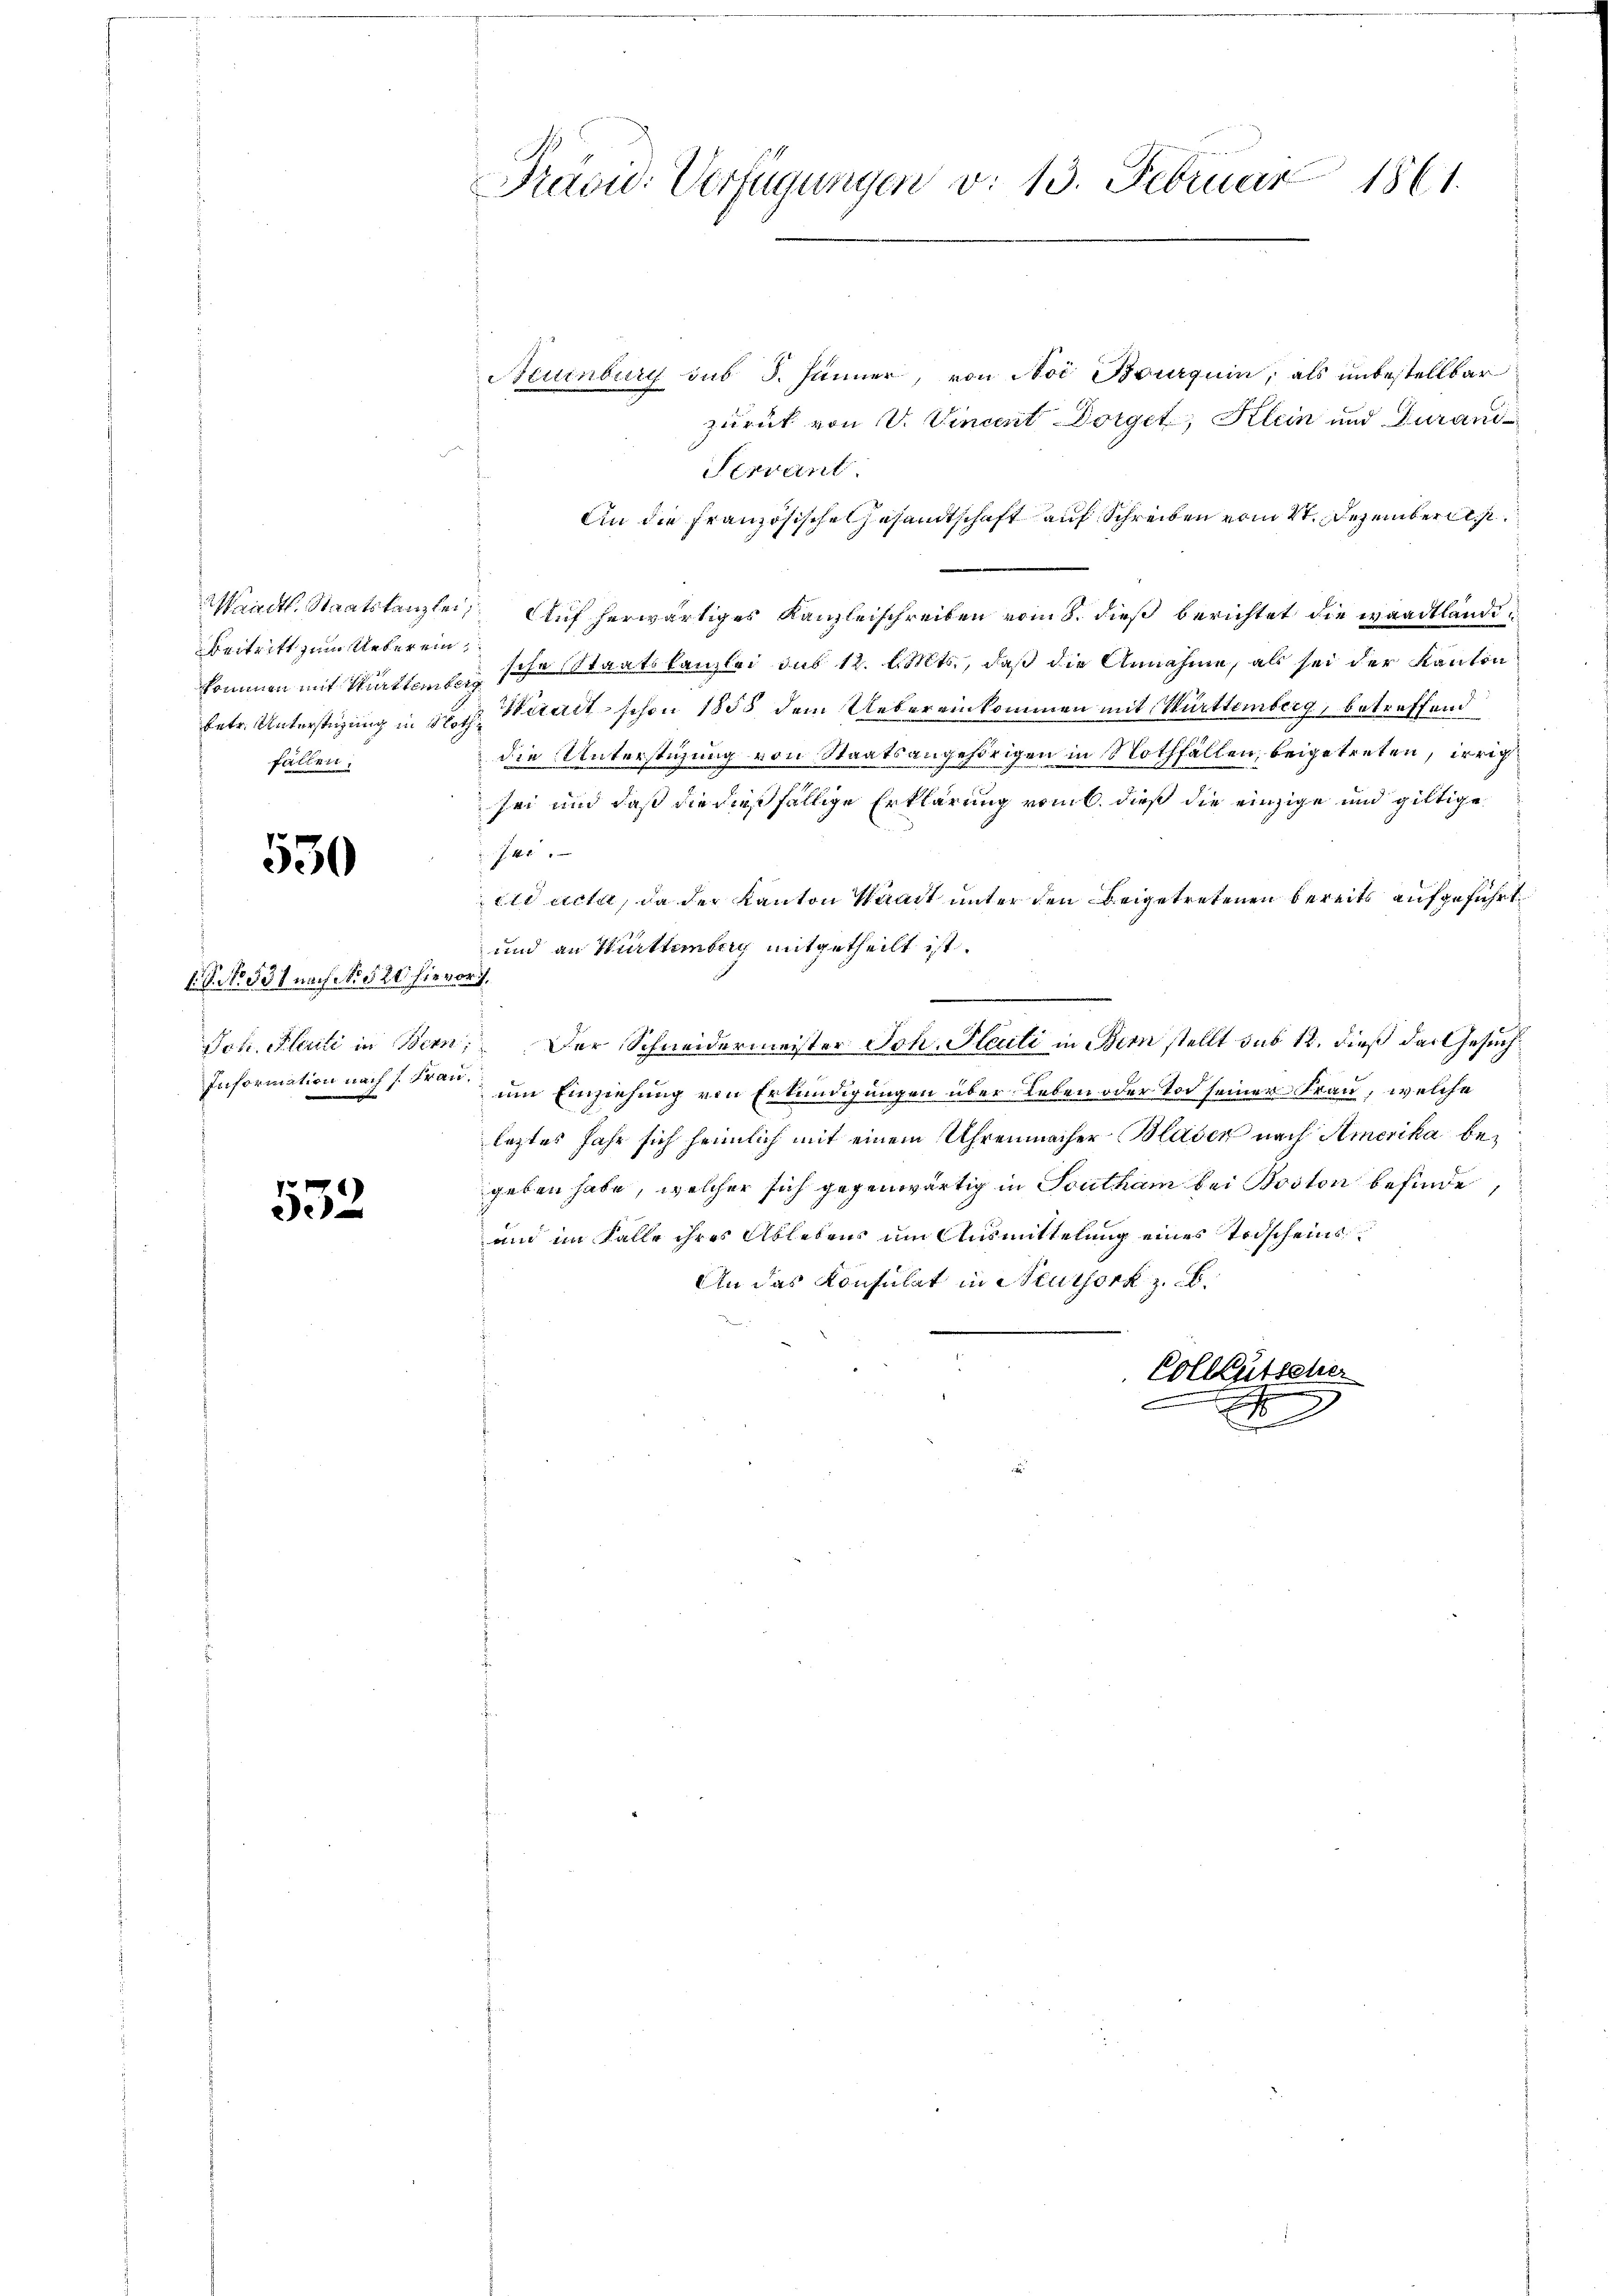
Beitritt zum Ueberein,
fällen.

530

.P. Nr. 531 nach No. 520 hievor.

1
e

Neuenburg sub 5. Jänner, von Noi Bourquin, als unbestellbar
zurück von V. Vincent Dorget, Klein und durand¬
Tervant.
An die Französische Gesandtschaft auf Schreiben vom 4. Dezember
Merdtl. Staatskanzlei Auf herwärtiges Kanzleischreiben vom 8. dieß berichtet die waadtländikommen mit Mattenen sche Staatskanzlei sub 12. l. Mts., daß die Annahme, als sei der Kanton
betr. Unterstüzung in des Widerit schon 1858 dem Uebereinkommen mit Württemberg, betreffend
die Unterstützung von Staatsangehörigen in Nothfällen, beigetreten, irrich
sei und daß die dießfällige Erklärung vom 6. dieß die einzige und giltige
.M. 1
eid acte, da der Kanton Waadt unter den beigetretenen bereits aufgeführt
und an Württemberg mitgetheilt ist.
Joh. Heute in Bern, Der Schneidermeister Joh. Heili in Bern stellt sub 12. dieß das Gesuch¬
Information nach da um Einziehung von Erkundigungen über Leben oder Tod seiner Frau, welche
leztes Jahr sich heimlich mit einem Uhrenmacher Baden nach Amerika begeben habe, welcher sich gegenwärtig in Southam bei Boston befinde,
uin im Falle ihres Ablebens um Ausmittelung eines Todscheins¬
An das Konsulat in Neuthork z. B.
Colleutscher
A

Präsid. Verfügungen v. 13. Februar 1861.